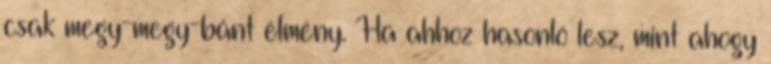
csak megy-megy-bánt élmény. Ha ahhoz hasonló lesz, mint ahogy